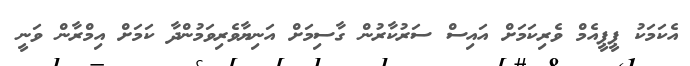
އެކަމަކު ޕީޕީއެމް ވެރިކަމަށް އައިސް ސަރުކާރުން ގާސިމަށް އަނިޔާވެރިވަމުންދާ ކަމަށް އިމްރާން ވަނީ